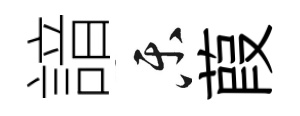
諳乐葭